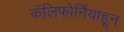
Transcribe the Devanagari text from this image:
कॅलिफोर्नियाहून